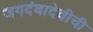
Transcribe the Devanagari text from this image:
जगदंबादेवीची